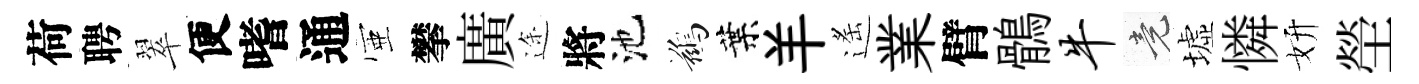
荷聘翠便嗜通壺攀廣途將池鷀葉羊遙業臂鶻牛竟墟憐妍塋